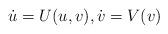
LaTeX: \begin{align*}\dot{u}=U(u,v), \dot{v}=V(v)\end{align*}